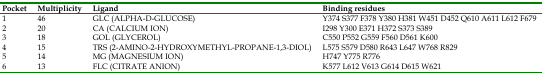
<table><thead><tr><td><b>Pocket</b></td><td><b>Multiplicity</b></td><td><b>Ligand</b></td><td><b>Binding residues</b></td></tr></thead><tbody><tr><td>1</td><td>46</td><td>GLC (ALPHA-D-GLUCOSE)</td><td>Y374 S377 F378 Y380 H381 W451 D452 Q610 A611 L612 F679</td></tr><tr><td>2</td><td>20</td><td>CA (CALCIUM ION)</td><td>I298 Y300 E371 H372 S373 S389</td></tr><tr><td>3</td><td>18</td><td>GOL (GLYCEROL)</td><td>C550 P552 G559 F560 D561 K600</td></tr><tr><td>4</td><td>15</td><td>TRS (2-AMINO-2-HYDROXYMETHYL-PROPANE-1,3-DIOL)</td><td>L575 S579 D580 R643 L647 W768 R829</td></tr><tr><td>5</td><td>14</td><td>MG (MAGNESIUM ION)</td><td>H747 Y775 R776</td></tr><tr><td>6</td><td>13</td><td>FLC (CITRATE ANION)</td><td>K577 L612 V613 G614 D615 W621</td></tr></tbody></table>